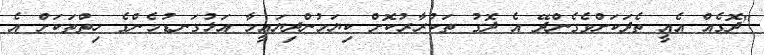
"ދޮގެއް އެއީ ތެދަކަށްވެގެންދޭ އެ ދޮގު ތަކުރާރުކޮށް ކިޔަމުންދިޔައީމާ އަޅުގަނޑުމެންގެ ހިތްތަކަށް އެ